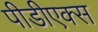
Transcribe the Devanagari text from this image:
पीडीएक्स